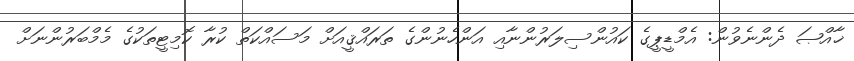
ޚާއްޞަ ދެންނެވުން: އެމްޑީޕީގެ ކައުންސިލަރުންނާއި އަންހެނުންގެ ތަރައްޤީއަށް މަސައްކަތް ކުރާ ކޮމިޓީތަކުގެ މެމްބަރުންނަށް